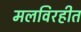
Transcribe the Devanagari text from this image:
मलविरहीत